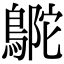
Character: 𪂊